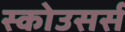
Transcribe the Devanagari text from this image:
स्कोउसर्स